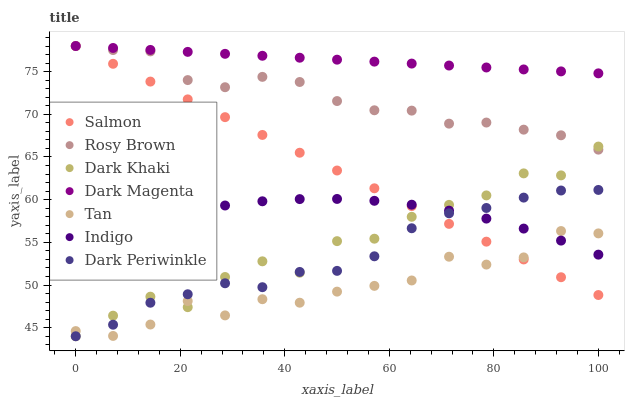
| xaxis_label | Salmon | Rosy Brown | Dark Khaki | Dark Magenta | Tan | Indigo | Dark Periwinkle |
 | --- | --- | --- | --- | --- | --- | --- | --- |
 | 0 | 78 | 78 | 44 | 78 | 44.6 | 55 | 44 |
 | 7.14 | 75.9 | 77.5 | 46.4 | 77.8 | 44 | 56.4 | 45.4 |
 | 14.3 | 73.8 | 77.4 | 48.6 | 77.5 | 45.4 | 57.6 | 47.9 |
 | 21.4 | 71.7 | 74 | 47.4 | 77.3 | 48.1 | 58.6 | 48.9 |
 | 28.6 | 69.7 | 73.2 | 50.9 | 77.1 | 46.4 | 59.3 | 50.2 |
 | 35.7 | 67.6 | 74.4 | 52.8 | 76.9 | 48.3 | 59.8 | 49.7 |
 | 42.9 | 65.5 | 73.8 | 51.4 | 76.6 | 47.9 | 60.1 | 51.5 |
 | 50 | 63.4 | 71.6 | 55.1 | 76.4 | 49.2 | 60.1 | 51.7 |
 | 57.1 | 61.3 | 70.5 | 55.4 | 76.2 | 49.9 | 59.9 | 53.4 |
 | 64.3 | 59.2 | 70.4 | 58 | 75.9 | 50.5 | 59.4 | 56.7 |
 | 71.4 | 57.2 | 68.9 | 59.4 | 75.7 | 53.3 | 58.7 | 58.4 |
 | 78.6 | 55.1 | 69 | 60.5 | 75.5 | 52.4 | 57.8 | 59 |
 | 85.7 | 53 | 68.2 | 63.1 | 75.3 | 53.2 | 56.6 | 60.2 |
 | 92.9 | 50.9 | 67.5 | 62.8 | 75 | 56.3 | 55.2 | 61.1 |
 | 100 | 48.8 | 65.9 | 66.2 | 74.8 | 56.1 | 53.6 | 61.1 |